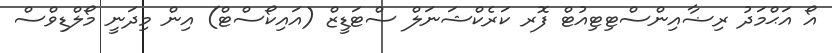
އޯ އަޙްމަދު ރިޟާއިންސްޓިޓިއުޓް ފޮރ ކަރެކްޝަނަލް ސްޓަޑީޒް (އައިކޯސްޓް) އިން މިދަނީ މޯލްޑިވްސް